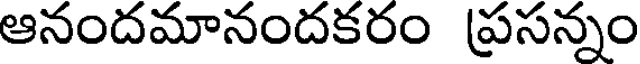
ఆనందమానందకరం ప్రసన్నం